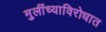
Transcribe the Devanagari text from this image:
मुलींच्याविरोधात